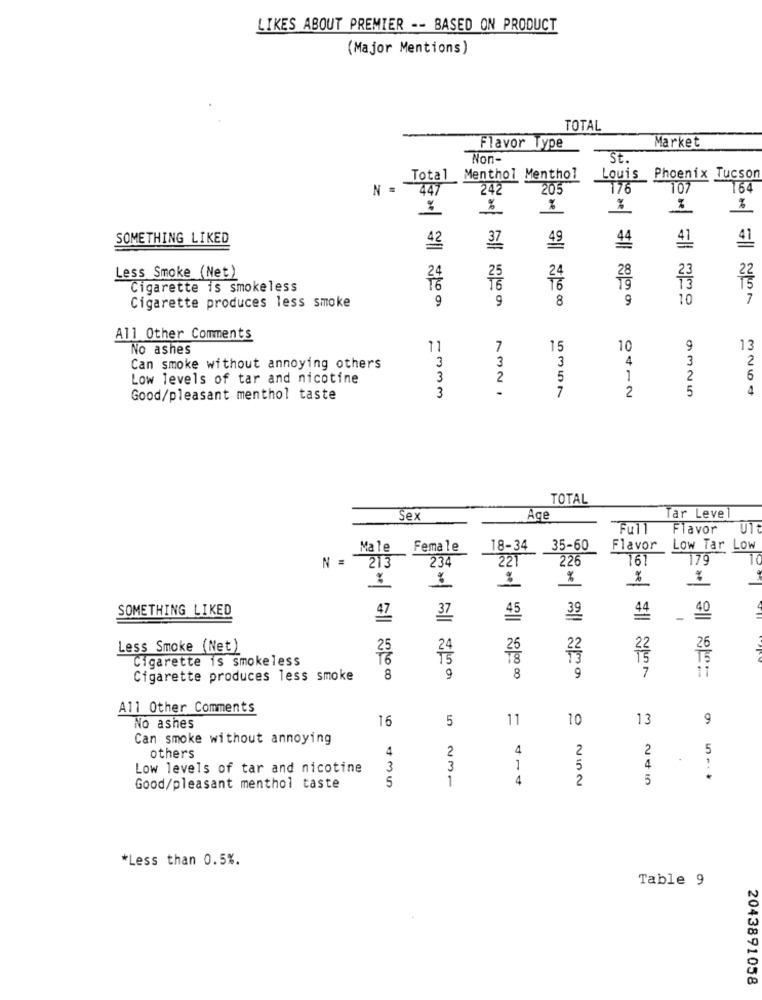
LIKES ABOUT PREMIER -- BASED ON PRODUCT
(Major Mentions)
TOTAL
Market
Flavor Type
Non-
St.
Total Menthol Menthol
Louis Phoenix Tucson
N =
447
242
205
176
107
164
%
%
%
6222 -25
SOMETHING LIKED
42
37
49
44
41
41
23
Less Smoke (Net)
28
Cigarette is smokeless
79
73
9
9
8
10
7
Cigarette produces less smoke
All Other Comments
No ashes
11
7
15
10
9
13
3
3
3
4
3
2
Can smoke without annoying others
Low levels of tar and nicotine
3
2
5
1
2
6
3
.
7
5
4
Good/pleasant menthol taste
2
TOTAL
Sex
Age
Tar Leve
Full
Flavor
UT
Male
Female
18-34 35-60
Flavor
Low Tar Low
213
234
221
226
161
179
N =
%
%
%
%
SOMETHING LIKED
45
39
40
Less Smoke (Net)
22
Cigarette is smokeless
9
9
7
11
Cigarette produces less smoke
8
8
All Other Comments
16
5
11
10
13
9
No ashes
Can smoke without annoying
4
2
4
2
2
5
others
Low levels of tar and nicotine
3
3
1
5
4
1
4
2
5
Good/pleasant menthol taste
5
*Less than 0.5%.
Table 9
2043891058